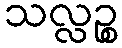
သလ္လဉ္စ